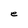
Character: e